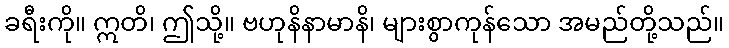
ခရီးကို။ ဣတိ၊ ဤသို့။ ဗဟုနိနာမာနိ၊ များစွာကုန်သော အမည်တို့သည်။